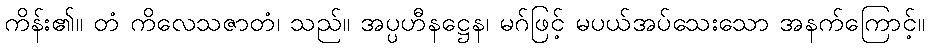
ကိန်း၏။ တံ ကိလေသဇာတံ၊ သည်။ အပ္ပဟီနဋ္ဌေန၊ မဂ်ဖြင့် မပယ်အပ်သေးသော အနက်ကြောင့်။